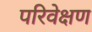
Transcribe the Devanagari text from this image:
परिवेक्षण